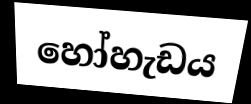
හෝහැඩය